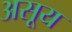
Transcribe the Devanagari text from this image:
असूय